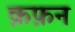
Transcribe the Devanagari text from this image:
क़फ़न